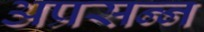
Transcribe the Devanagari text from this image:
अप्रसन्‍न